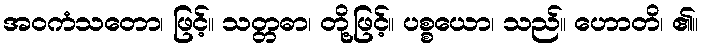
အဝကံသတော၊ ဖြင့်။ သတ္တဓာ၊ တို့ဖြင့်။ ပစ္စယော၊ သည်။ ဟောတိ၊ ၏။